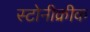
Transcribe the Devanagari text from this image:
स्टोनीक्रीक